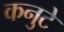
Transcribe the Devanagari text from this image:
कनुटे